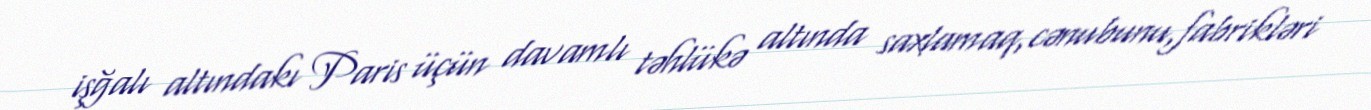
işğalı altındakı Paris üçün davamlı təhlükə altında saxlamaq,cənubunu,fabrikləri